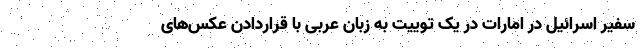
سفیر اسرائیل در امارات در یک توییت به زبان عربی با قراردادن عکس‌های